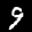
Label: 9